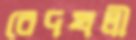
বেদখলী